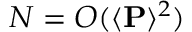
N = O ( \langle \mathbf { P } \rangle ^ { 2 } )